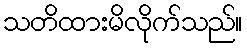
သတိထားမိလိုက်သည်။